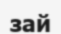
зай